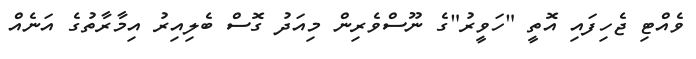
ވެއްޓި ޖެހިފައި އޮތީ "ހަވީރު"ގެ ނޫސްވެރިން މިއަދު ގޮސް ބެލިއިރު އިމާރާތުގެ އަނެއް